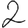
Digit: 2